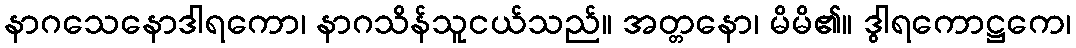
နာဂသေနောဒါရကော၊ နာဂသိန်သူငယ်သည်။ အတ္တနော၊ မိမိ၏။ ဒွါရကောဋ္ဌကေ၊